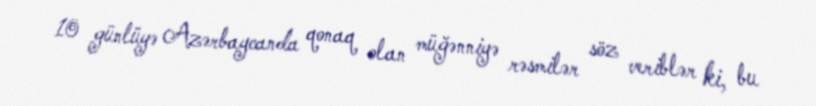
10 günlüyə Azərbaycanda qonaq olan müğənniyə rəsmilər söz veriblər ki, bu